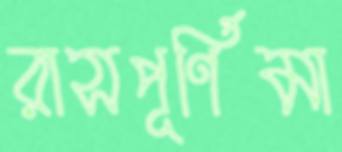
রাসপূর্ণিমা